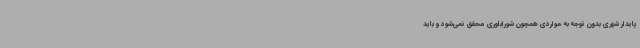
پایدار شهری بدون توجه به مواردی همچون شوراباوری محقق نمی‌شود و باید